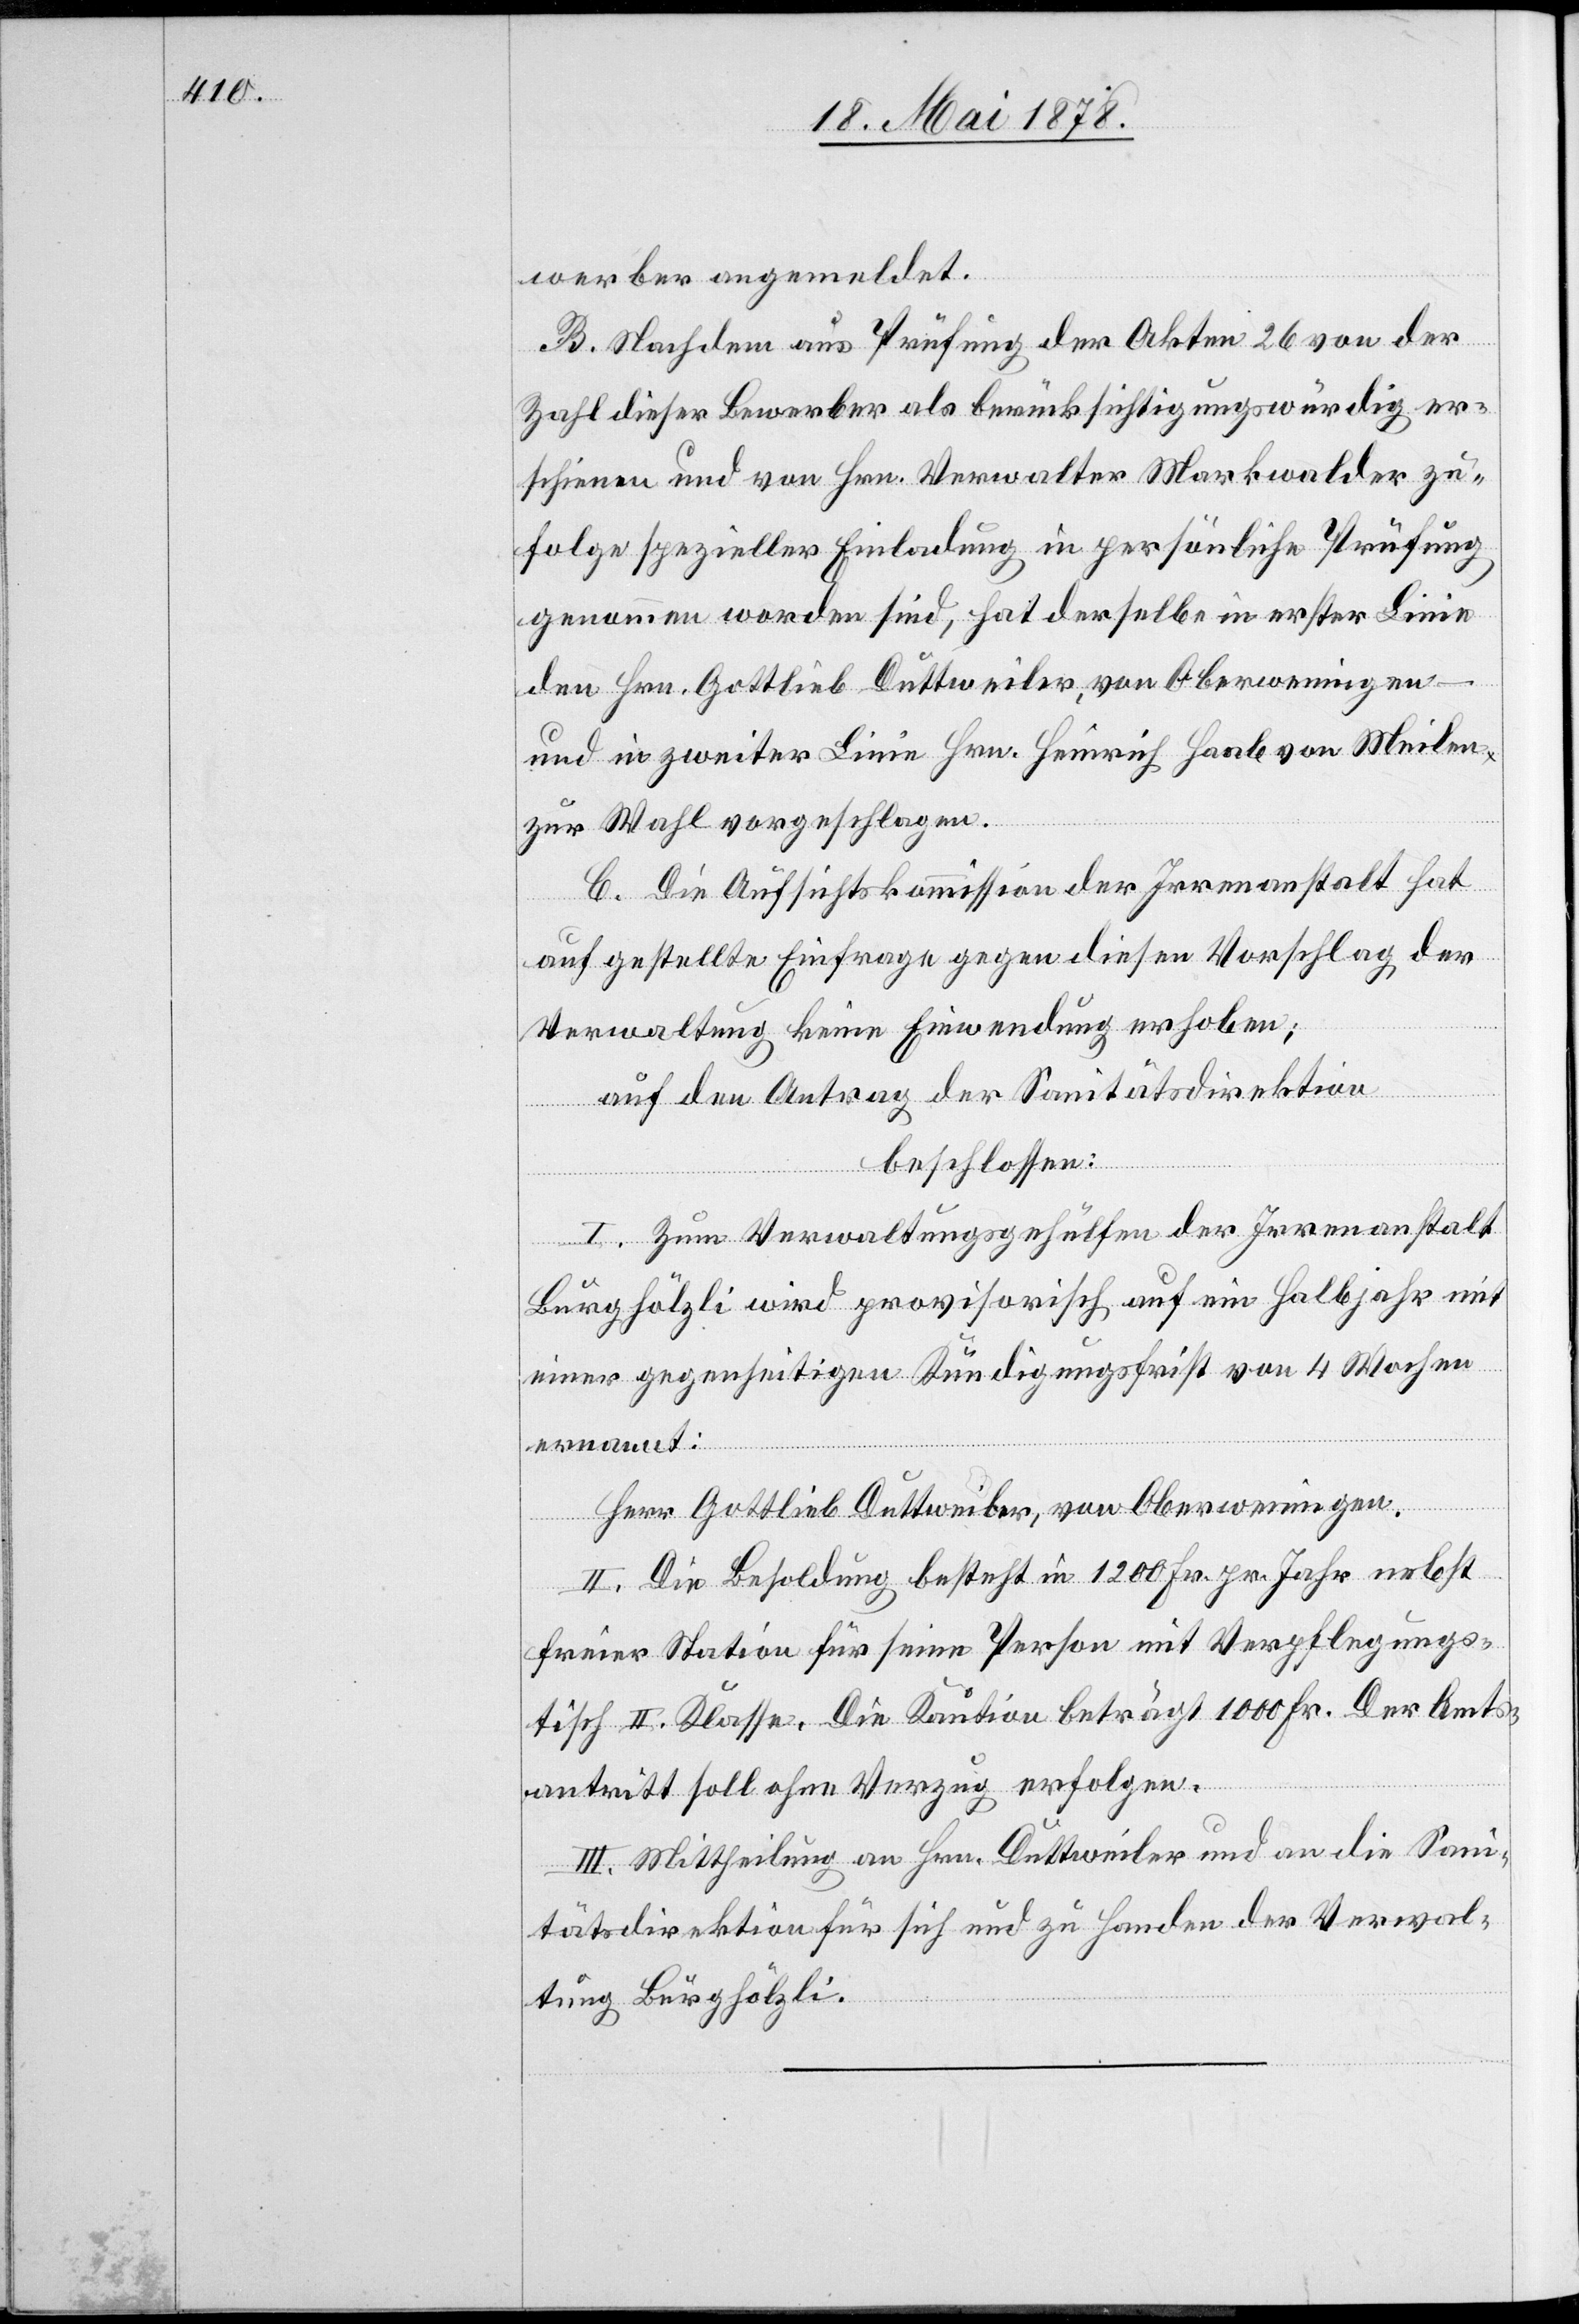
werber angemeldet.
B. Nachdem aus Prüfung der Akten 26 von der
Zahl dieser Bewerber als berücksichtigungswürdig er¬
schienen und von Hrn. Verwalter Markwalder zu¬
folge spezieller Einladung in persönliche Prüfung
genommen worden sind, hat derselbe in erster Linie
den Hrn. Gottlieb Duttweiler, von Oberweningen
und in zweiter Linie Hrn. Heinrich Haab von Meilen
zur Wahl vorgeschlagen.
C. Die Aufsichtskommission der Irrenanstalt hat
auf gestellte Einfrage gegen diesen Vorschlag der
Verwaltung keine Einwendung erhoben;
auf den Antrag der Sanitätsdirektion
beschlossen:
I. Zum Verwaltungsgehülfen der Irrenanstalt
Burghölzli wird provisorisch auf ein Halbjahr mit
einer gegenseitigen Kündigungsfrist von 4 Wochen
ernannt:
Herr Gottlieb Duttweiler, von Oberweningen.
II. Die Besoldung besteht in 1200 Fr. pr. Jahr nebst
freier Station für seine Person mit Verpflegungs¬
tisch II. Klasse. Die Kaution beträgt 1000 Fr. Der Amts¬
antritt soll ohne Verzug erfolgen.
III. Mittheilung an Hrn. Duttweiler und an die Sani¬
tätsdirektion für sich und zu Handen der Verwal¬
tung Burghölzli.